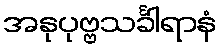
အနုပုဗ္ဗသင်္ခါရာနံ